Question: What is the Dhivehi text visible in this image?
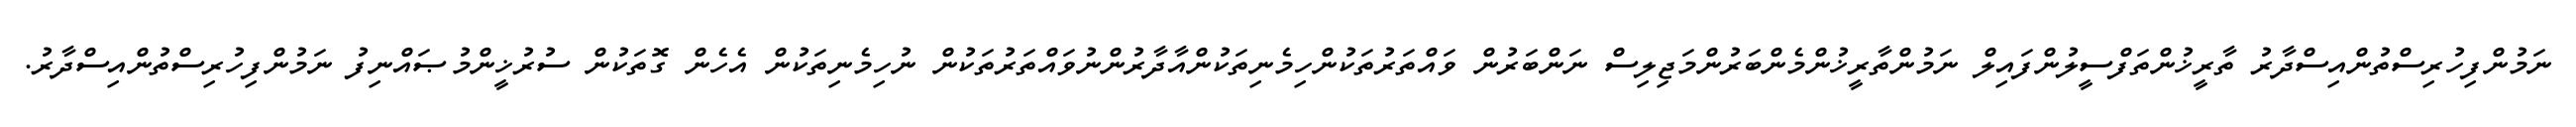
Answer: ނަމުންފިހުރިސްތުންއިސްދާރު ތާރީޚުންތަފްސީލުންފައިލް ނަމުންތާރީޚުންމެންބަރުންމަޖިލިސް ނަންބަރުން ވައްތަރުތަކުންހިމެނިތަކުންއާދާރުންނުވައްތަރުތަކުން ނުހިމެނިތަކުން އެހެން ގޮތަކުން ސުރުޚީންމުޞައްނިފު ނަމުންފިހުރިސްތުންއިސްދާރު.